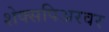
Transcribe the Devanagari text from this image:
शेक्सपिअरवर